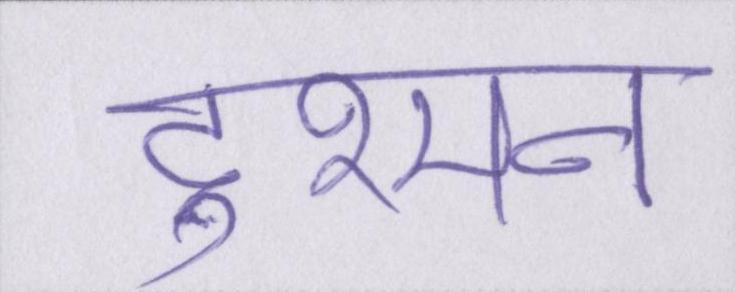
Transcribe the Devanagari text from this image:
दुश्मन